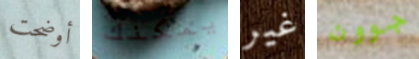
أوضحت يمكنك غير جوون